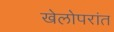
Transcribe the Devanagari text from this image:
खेलोपरांत